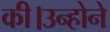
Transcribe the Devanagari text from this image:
की।उन्होने